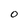
Character: o